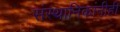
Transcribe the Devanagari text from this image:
संस्थानिकांनीही